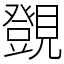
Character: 覴